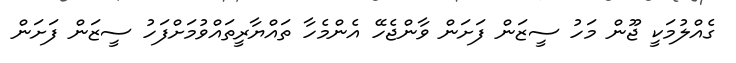
ގެއްލުމަކީ ޖޫން މަހު ސީޒަން ފަށަން ވާންޖެހޭ އެންމެހާ ތައްޔާރީތައްވުމަށްފަހު ސީޒަން ފަށަން